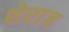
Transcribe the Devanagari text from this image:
शेराज